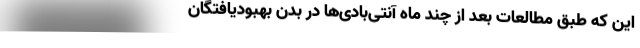
این که طبق مطالعات بعد از چند ماه آنتی‌بادی‌ها در بدن بهبودیافتگان